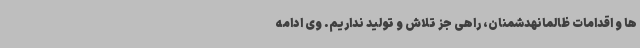
ها و اقدامات ظالمانهدشمنان، راهی جز تلاش و تولید نداریم. وی ادامه